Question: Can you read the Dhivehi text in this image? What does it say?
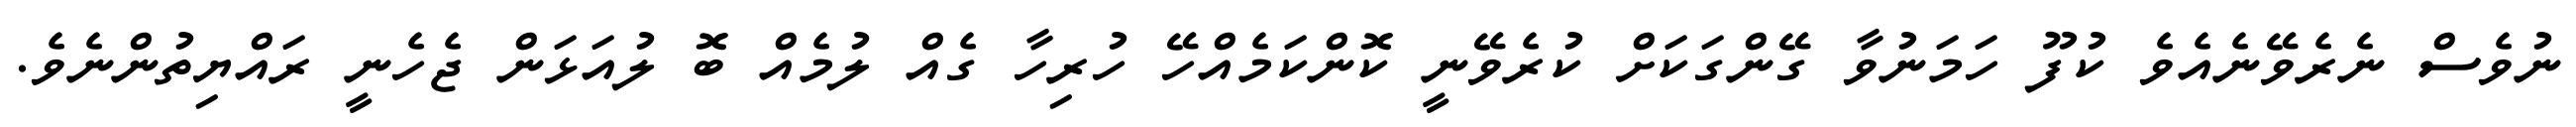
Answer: ނުވެސް ނެރެވޭނެއެވެ ކުފޫ ހަމަނުވާ ގޭންގަކަށް ކުރެވޭނީ ކޮންކަމެއްހޭ ހުރިހާ ގެއް ލުމެއް ބޮ ލުއަޅަން ޖެހެނީ ރައްޔިތުންނެވެ.